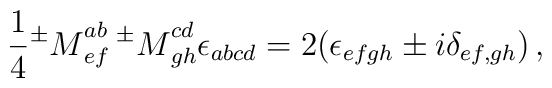
\frac 14 {^\pm M}_{ef}^{ab}\, {^\pm M}_{gh}^{cd}\epsilon_{abcd}=2(\epsilon_{efgh}\pm i\delta_{ef,gh})\, ,